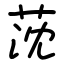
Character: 莐